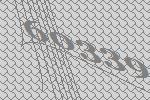
60339